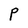
Character: P